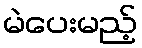
မဲပေးမည့်